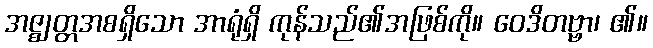
အဇ္ဈတ္တအစရှိသော အာရုံရှိ ကုန်သည်၏အဖြစ်ကို။ ဝေဒိတဗ္ဗာ၊ ၏။